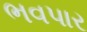
ભવપાર